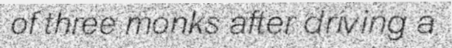
of three monks after driving a